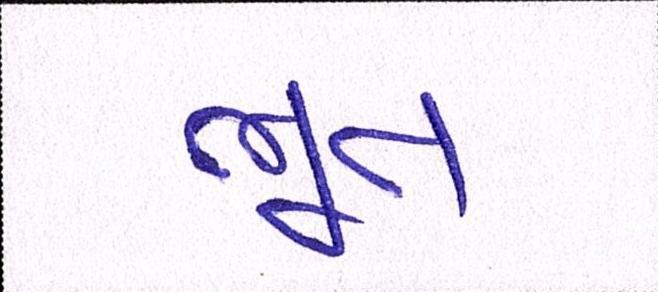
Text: ભૂત